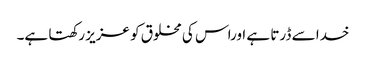
خدا سے ڈرتا ہے اوراس کی مخلوق کو عزیز رکھتا ہے۔